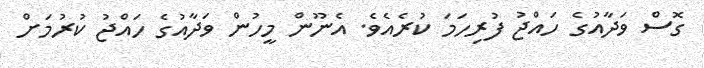
ގޮސް ވަދާއުގެ ހައްޖު ފުރިހަމަ ކުރެއެވެ. އެނޫން މީހުން ވަދާއުގެ ހައްޖު ކުރުމަށް